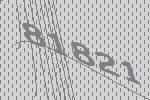
81821